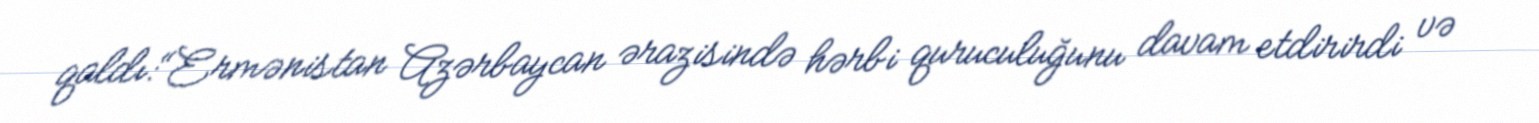
qaldı:“Ermənistan Azərbaycan ərazisində hərbi quruculuğunu davam etdirirdi və